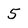
Character: 5